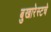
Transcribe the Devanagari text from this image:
बुखारेस्टचे